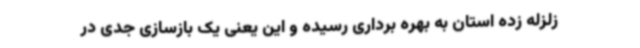
زلزله زده استان به بهره برداری رسیده و این یعنی یک بازسازی جدی در